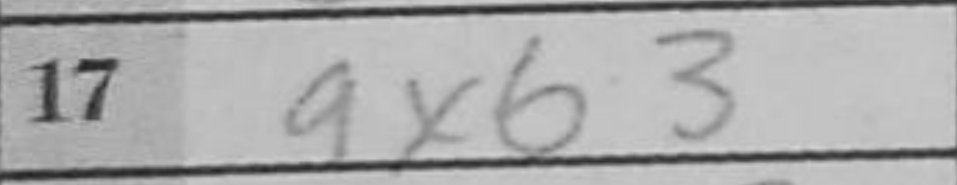
Transcription: axb3